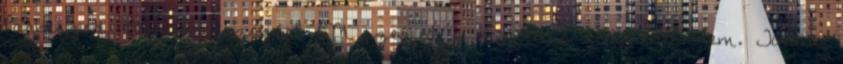
Párbeszéd Magyarországért PM szerint a megoldás érdekében nem. Tovább